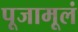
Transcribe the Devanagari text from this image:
पूजामूलं